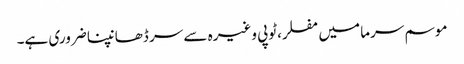
موسم سرما میں مفلر،ٹوپی وغیرہ سے سر ڈھانپنا ضروری ہے۔